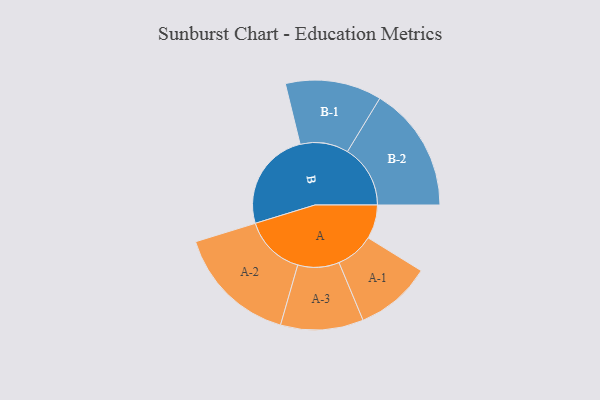
{"axis": {"x": "Segment", "y": "Value"}, "legend": ["", "A", "B"], "data": [{"x": "A", "y": 155, "type": ""}, {"x": "B", "y": 456, "type": ""}, {"x": "A-1", "y": 174, "type": "A"}, {"x": "A-2", "y": 278, "type": "A"}, {"x": "A-3", "y": 189, "type": "A"}, {"x": "B-1", "y": 220, "type": "B"}, {"x": "B-2", "y": 287, "type": "B"}]}